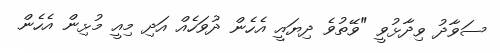
ސަވާދު ވިދާޅުވީ "ވޭތުވެ ދިޔައީ އެހެން ދުވަހެއް އަދި މިއީ މުޅިން އެހެން